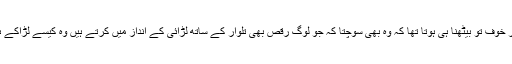
دشمن پر خوف تو بیٹھنا ہی ہوتا تھا کہ وہ بھی سوچتا کہ جو لوگ رقص بھی تلوار کے ساتھ لڑائی کے انداز میں کرتے ہیں وہ کیسے لڑاکے ہونگے ۔